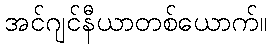
အင်ဂျင်နီယာတစ်ယောက်။